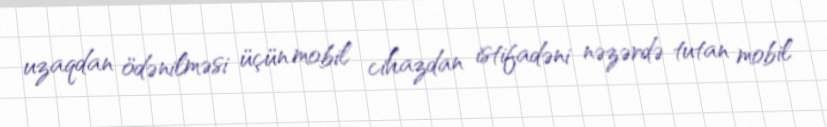
uzaqdan ödənilməsi üçün mobil cihazdan istifadəni nəzərdə tutan mobil